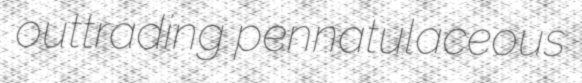
outtrading pennatulaceous